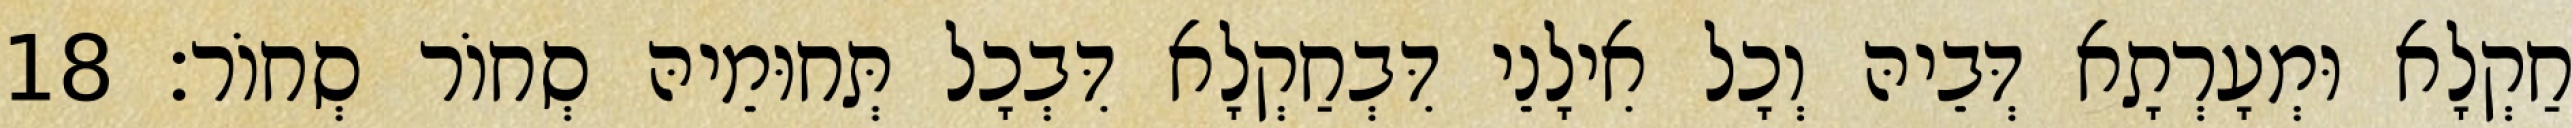
חַקְלָא וּמְעָרְתָא דְּבֵיהּ וְכָל אִילָנֵי דִּבְחַקְלָא דִּבְכָל תְּחוּמֵיהּ סְחוֹר סְחוֹר׃ 18